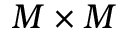
M \times M